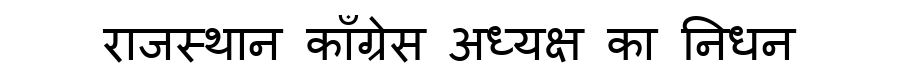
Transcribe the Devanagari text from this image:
राजस्थान काँग्रेस अध्यक्ष का निधन